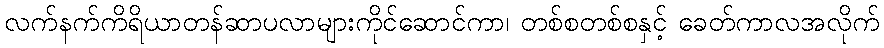
လက်နက်ကိရိယာတန်ဆာပလာများကိုင်ဆောင်ကာ၊ တစ်စတစ်စနှင့် ခေတ်ကာလအလိုက်